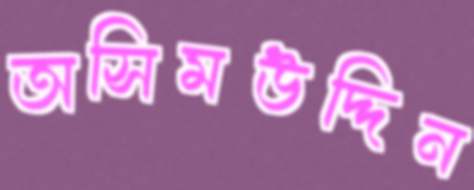
অসিমউদ্দিন